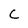
Character: c